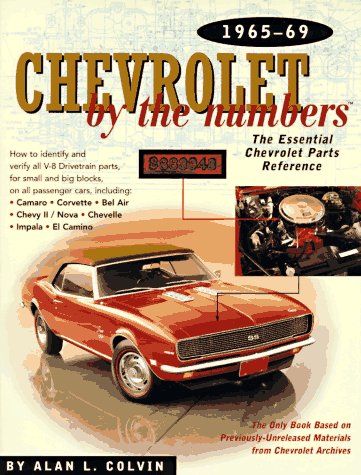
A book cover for Chevrolet By the Numbers 1965-69: How to Identify and Verify All V-8 Drivetrain Parts For Small and Big Blocks; A Colvin; Engineering & Transportation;